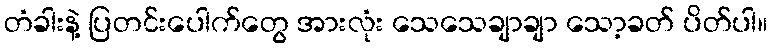
တံခါးနဲ့ ပြတင်းပေါက်တွေ အားလုံး သေသေချာချာ သော့ခတ် ပိတ်ပါ။